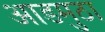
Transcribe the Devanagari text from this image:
आडमुठा